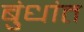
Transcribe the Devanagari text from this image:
बुंधांत